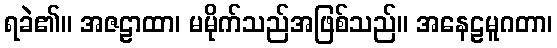
ရခဲ၏။ အဇဠာထာ၊ မမိုက်သည်အဖြစ်သည်။ အနေဠမူဂတာ၊